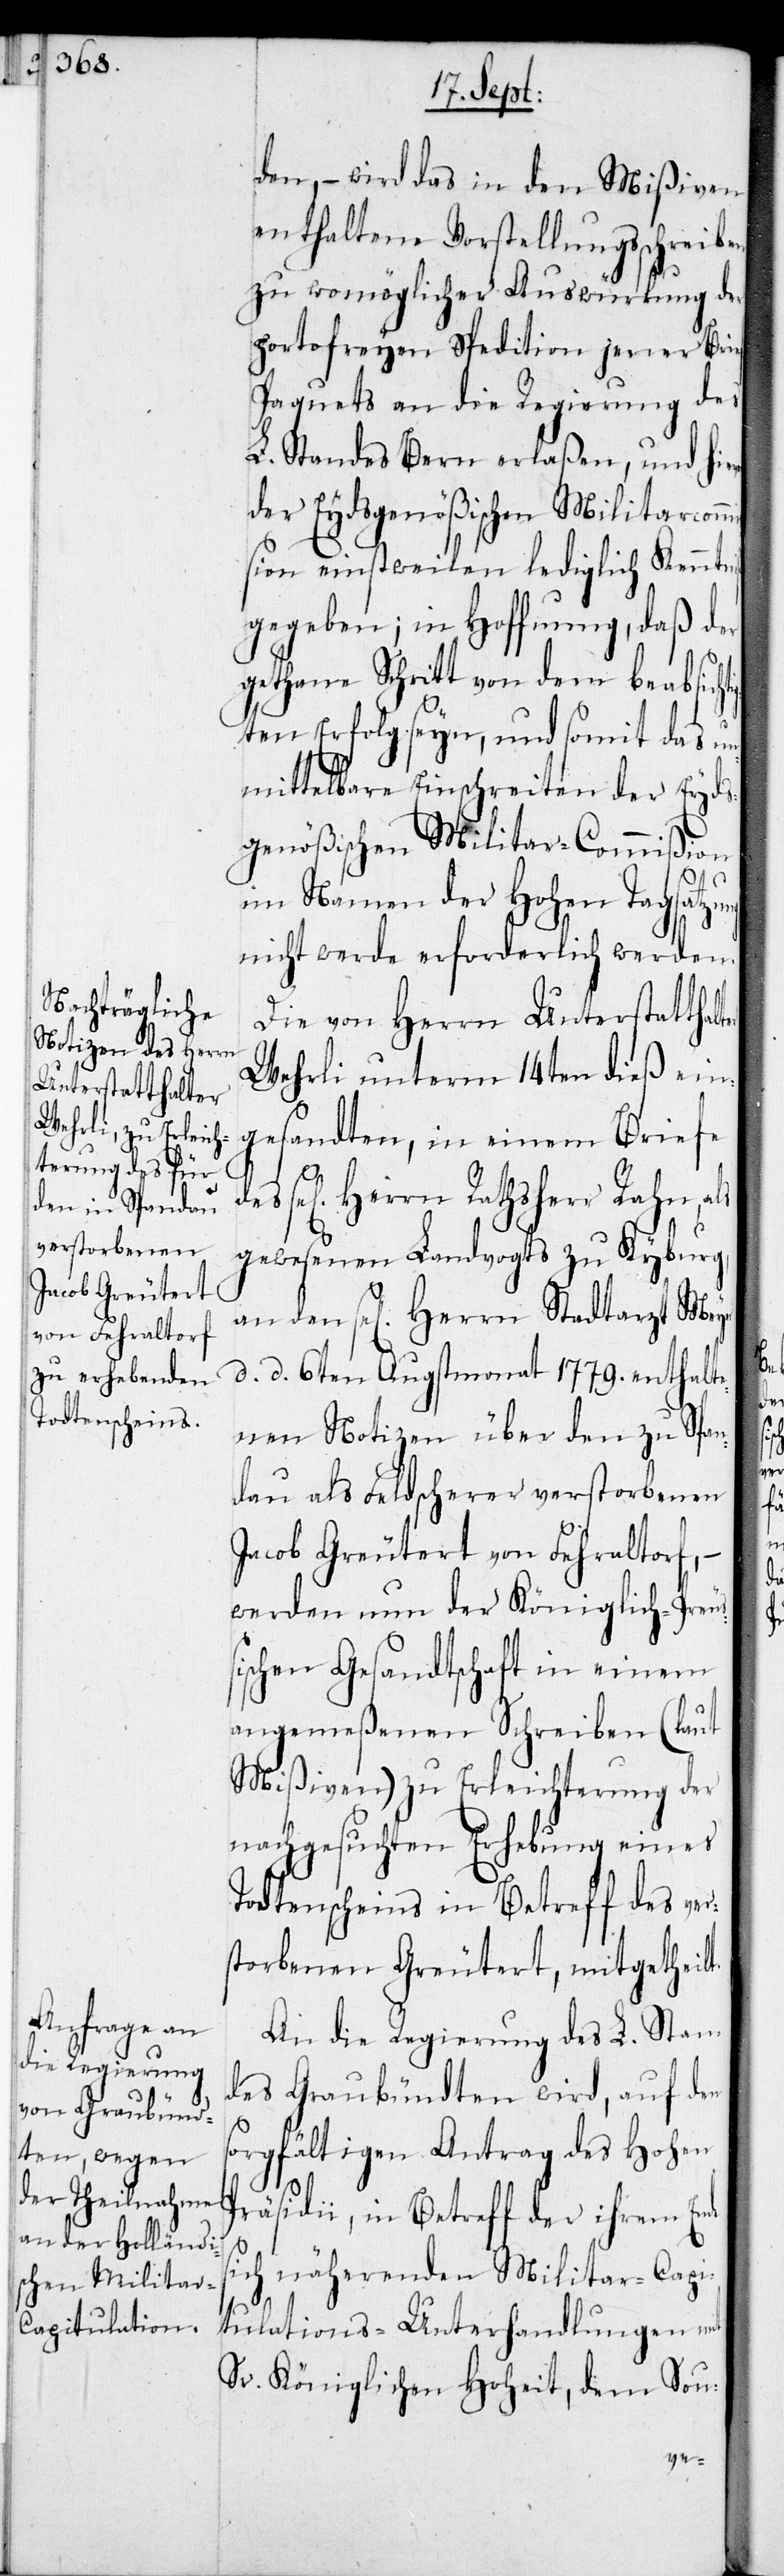
den, – wird das in den Mißiven
enthaltene Vorstellungsschreiben
zu womöglicher Auswürkung der
portofreyen Spedition jener Brie¬
f-Paquets an die Regierung des
L. Standes Bern erlaßen, und hie¬
der Eydsgenößischer Militarcomm¬
ißion einstweilen lediglich Kenntniß
gegeben; in Hoffnung, daß der
gethane Schritt von dem beabsich¬
ten Erfolg seyn, und somit das un¬
mittelbare Einschreiten der Eyds¬
genößischen Militar-Commißion
im Namen der Hohen Tagsatzung
nicht werde erforderlich werden.
Die von Herrn Unterstatthal¬
Wehrli unterm 14ten dieß ein¬
gesandten, in einem Briefe
Herrn Rathsherr Rahn,
gewesenen Landvogts zu Kyburg,
den se[licgen] Herrn Stadtarzt Meyer
d. d. 6ten Augstmonat 1779 enthalte¬
nen Notizen über den zu Span¬
dau als Feldscherer verstorbenen
Jacob Greutert von Fehraltorf, –
werden nun der Königlich-Preuß¬
ischen Gesandtschaft in einem
angemeßenen Schreiben (laut
Mißiven) zu Erleichterung der
nachgesuchten Erhebung eines
Todtenscheins in Betreff des ver¬
storbenen Greutert, mitgetheilt.
An die Regierung des L. Stan¬
des Graubündten wird, auf den
sorgfältigen Antrag des Hohen
Präsidii, in Betreff der ihrem Ende
sich näherenden Militar-Capi¬
tulations-Unterhandlungen mit
Sr. Königlichen Hoheit, dem Sou-
ter